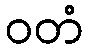
ဝတံ